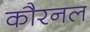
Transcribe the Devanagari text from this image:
कौरनल